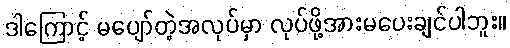
ဒါကြောင့် မပျော်တဲ့အလုပ်မှာ လုပ်ဖို့အားမပေးချင်ပါဘူး။